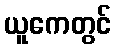
ယူကေတွင်